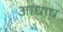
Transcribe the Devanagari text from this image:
आधाष